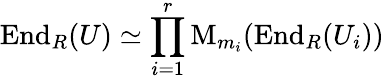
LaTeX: \operatorname{End}_{R}(U)\simeq\prod_{i=1}^{r}\operatorname{M}_{m_{i}}(\operatorname{End}_{R}(U_{i}))